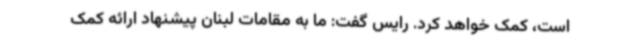
است، کمک خواهد کرد. رایس گفت: ما به مقامات لبنان پیشنهاد ارائه کمک